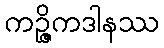
ကဉ္ဇိကဒါနဿ